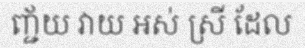
ញ្ជ័យ វាយ អស់ ស្រី ដែល